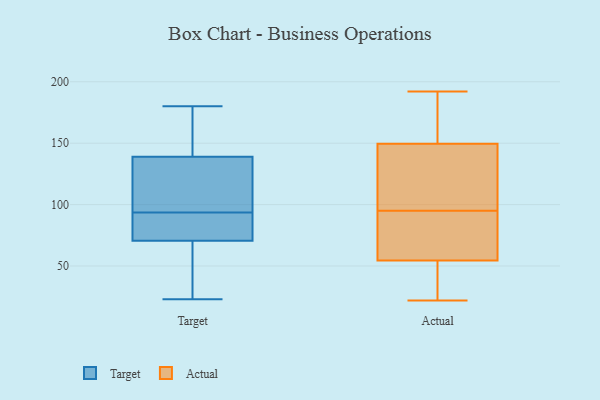
{"axis": {"x": "LTV (USD)", "y": "Value"}, "legend": ["Actual", "Target"], "data": [{"x": "", "y": 81, "type": "Target"}, {"x": "", "y": 63, "type": "Target"}, {"x": "", "y": 83, "type": "Target"}, {"x": "", "y": 92, "type": "Target"}, {"x": "", "y": 23, "type": "Target"}, {"x": "", "y": 78, "type": "Target"}, {"x": "", "y": 95, "type": "Target"}, {"x": "", "y": 43, "type": "Target"}, {"x": "", "y": 119, "type": "Target"}, {"x": "", "y": 130, "type": "Target"}, {"x": "", "y": 103, "type": "Target"}, {"x": "", "y": 153, "type": "Target"}, {"x": "", "y": 180, "type": "Target"}, {"x": "", "y": 148, "type": "Target"}, {"x": "", "y": 36, "type": "Target"}, {"x": "", "y": 159, "type": "Target"}, {"x": "", "y": 180, "type": "Actual"}, {"x": "", "y": 96, "type": "Actual"}, {"x": "", "y": 176, "type": "Actual"}, {"x": "", "y": 139, "type": "Actual"}, {"x": "", "y": 41, "type": "Actual"}, {"x": "", "y": 44, "type": "Actual"}, {"x": "", "y": 94, "type": "Actual"}, {"x": "", "y": 136, "type": "Actual"}, {"x": "", "y": 103, "type": "Actual"}, {"x": "", "y": 63, "type": "Actual"}, {"x": "", "y": 46, "type": "Actual"}, {"x": "", "y": 160, "type": "Actual"}, {"x": "", "y": 22, "type": "Actual"}, {"x": "", "y": 192, "type": "Actual"}, {"x": "", "y": 108, "type": "Actual"}, {"x": "", "y": 23, "type": "Actual"}, {"x": "", "y": 79, "type": "Actual"}, {"x": "", "y": 76, "type": "Actual"}, {"x": "", "y": 76, "type": "Actual"}, {"x": "", "y": 172, "type": "Actual"}]}